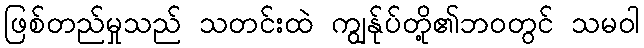
ဖြစ်တည်မှုသည် သတင်းထဲ ကျွန်ုပ်တို့၏ဘဝတွင် သမဝါ